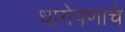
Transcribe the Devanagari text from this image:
धागेपणाचे